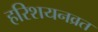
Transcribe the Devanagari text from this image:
हरिशयनव्रत